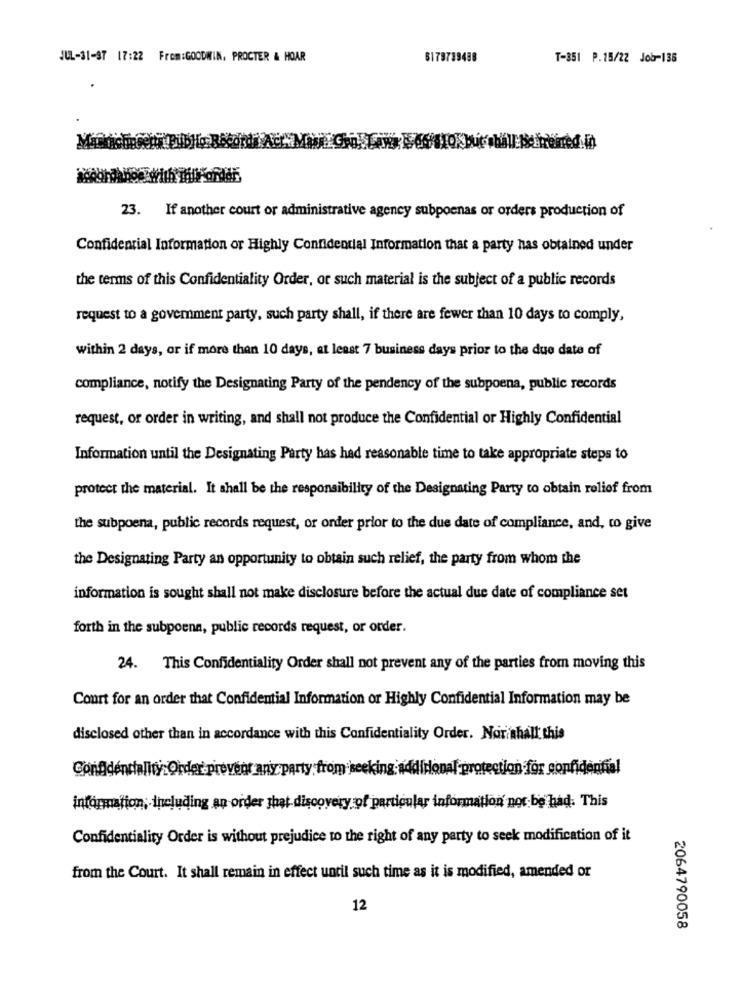
JUL-31-ST 17:22 From:GOODWIN, PROCTER & HOAR
$179789488
T-351 P.15/22 Job-136
23.
If another court or administrative agency subpoenas or orders production of
Confidential Information or Highly Confidential Information that a party has obtained under
the terms of this Confidentiality Order, or such material is the subject of a public records
request to a government party, such party shall, if there are fewer than 10 days to comply,
within 2 days, or if more than 10 days, at least 7 business days prior to the due date of
compliance, notify the Designating Party of the pendency of the subpoena, public records
request, or order in writing, and shall not produce the Confidential or Highly Confidential
Information until the Designating Party has had reasonable time to take appropriate steps to
protect the material. It shall be the responsibility of the Designating Party to obtain roliof from
the subpoena, public records request, or order prior to the due date of compliance, and, to give
the Designating Party an opportunity to obtain such relief, the party from whom the
information is sought shall not make disclosure before the actual due date of compliance set
forth in the subpoena, public records request, or order.
24. This Confidentiality Order shall not prevent any of the parties from moving this
Court for an order that Confidential Information or Highly Confidential Information may be
disclosed other than in accordance with this Confidentiality Order. Nor shall this
Go
otection for confidential
information, including an order that discovery of particular information not be had. This
Confidentiality Order is without prejudice to the right of any party to seek modification of it
from the Court. It shall remain in effect until such time as it is modified, amended or
12
2064790058